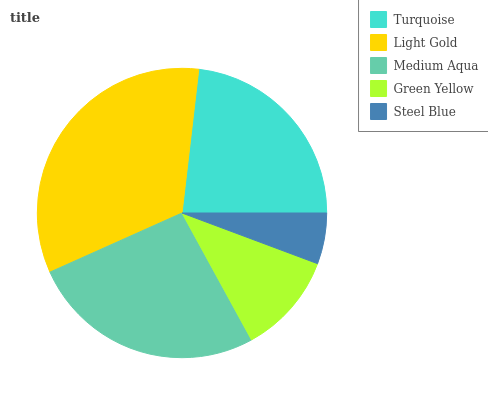
| Turquoise | Light Gold | Medium Aqua | Green Yellow | Steel Blue |
 | --- | --- | --- | --- | --- |
 | 23.1% | 33.6% | 26.3% | 11.3% | 5.7% |